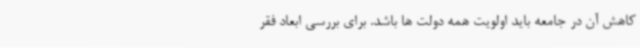
کاهش آن در جامعه باید اولویت همه دولت ها باشد. برای بررسی ابعاد فقر